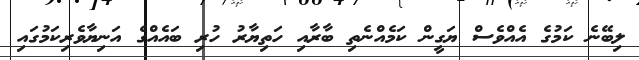
ލިބޭނެ ކަމުގެ އެއްވެސް ޔަގީން ކަމެއްނެތި ބާރާއި ހަތިޔާރު ހުރި ބައެއްގެ އަނިޔާވެރިކަމުގައި